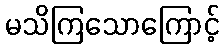
မသိကြသောကြောင့်